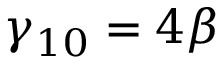
\gamma _ { 1 0 } = 4 \beta